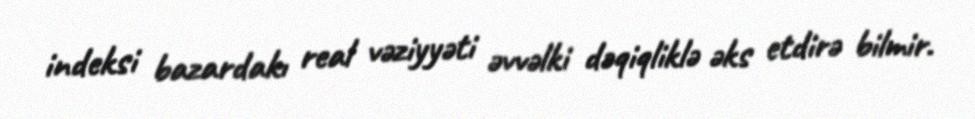
indeksi bazardakı real vəziyyəti əvvəlki dəqiqliklə əks etdirə bilmir.